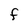
Character: F